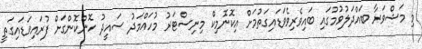
މި މަޝްވަރާ ބައްދަލުވުމުގައި ބައިވެރިވެވަޑައިގަތުމަށް އިކޮނޮމިކް މިނިސްޓަރު މުހައްމަދު ސައީދު ހޮންކޮންގަށް ފުރައިވަޑައިގަތީ